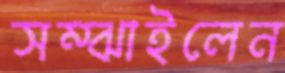
সম্‌ঝাইলেন